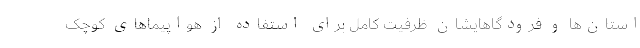
استان‌ها و فرودگاهایشان ظرفیت کامل برای استفاده از هواپیماهای کوچک